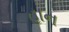
હાન